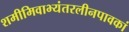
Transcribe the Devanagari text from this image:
शमीमिवाभ्यंतरलीनपावकां